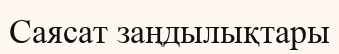
Саясат заңдылықтары